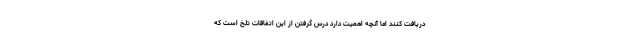
دریافت کنند اما آنچه اهمیت دارد درس گرفتن از این اتفاقات تلخ است که